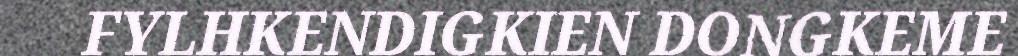
FYLHKENDIGKIEN DONGKEME